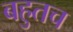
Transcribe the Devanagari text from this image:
बहुतच